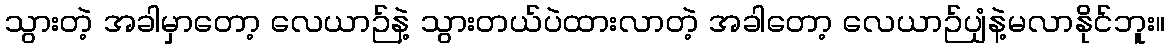
သွားတဲ့ အခါမှာတော့ လေယာဉ်နဲ့ သွားတယ်ပဲထားလာတဲ့ အခါတော့ လေယာဉ်ပျံနဲ့မလာနိုင်ဘူး။